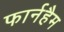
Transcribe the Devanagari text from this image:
फार्नहैम